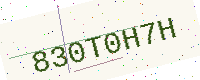
Text: 830T0H7H